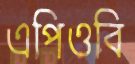
এপিওবি